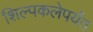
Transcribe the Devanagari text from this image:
शिल्पकलेपर्यंत